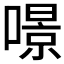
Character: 𠾶